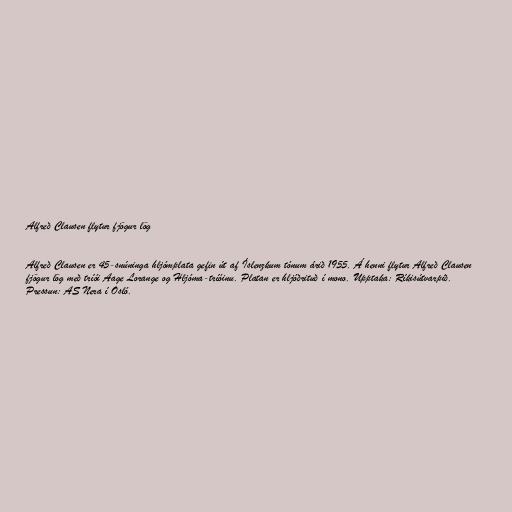
Alfreð Clausen flytur fjögur lög

Alfreð Clausen er 45-snúninga hljómplata gefin út af Íslenzkum tónum árið 1955. Á henni flytur Alfreð Clausen
fjögur lög með tríói Aage Lorange og Hljóma-tríóinu. Platan er hljóðrituð í mono. Upptaka: Ríkisútvarpið.
Pressun: AS Nera í Osló.